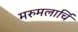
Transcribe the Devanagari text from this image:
मरुमलार्चि